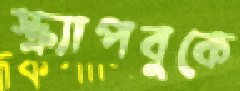
স্ক্র্যাপবুকে